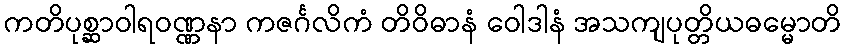
ကတိပုစ္ဆာဝါရဝဏ္ဏနာ ကဇင်္ဂလိကံ တိဝိဓာနံ ဝေါဒါနံ အသကျပုတ္တိယဓမ္မောတိ